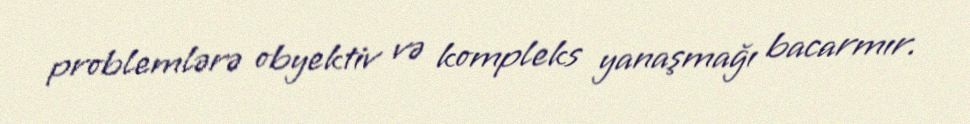
problemlərə obyektiv və kompleks yanaşmağı bacarmır.